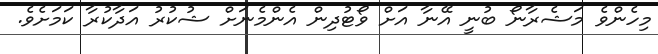
މިހެންވެ މަޝެރާނޯ ބުނީ އޭނާ އަށް ވޯޓުދިން އެންމެނަށް ޝުކުރު އަދާކުރާ ކަމަށެވެ.